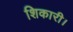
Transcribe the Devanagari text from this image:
शिकारी।